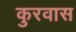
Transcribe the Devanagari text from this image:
कुरवास